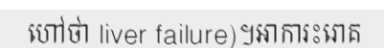
ហៅថា liver failure)។អាការះរោគ